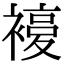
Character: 𧜰